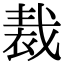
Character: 𧚝